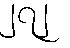
၂၇၂